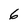
Character: 6